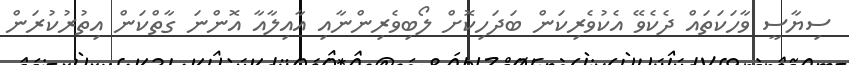
ސިޔާސީ ވާހަކަތައް ދެކެވޭ އެކުވެރިކަން ބަދަހިކޮށް ލޯބިވެރިންނާއި އާއިލާއާ އޮންނަ ގާތްކަން އިތުރުކުރަން